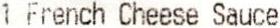
1 FRENCH CHEESE SAUCE